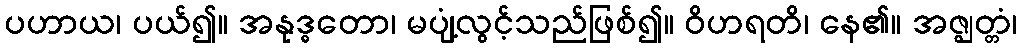
ပဟာယ၊ ပယ်၍။ အနုဒ္ဓတော၊ မပျံ့လွင့်သည်ဖြစ်၍။ ဝိဟရတိ၊ နေ၏။ အဇ္ဈတ္တံ၊